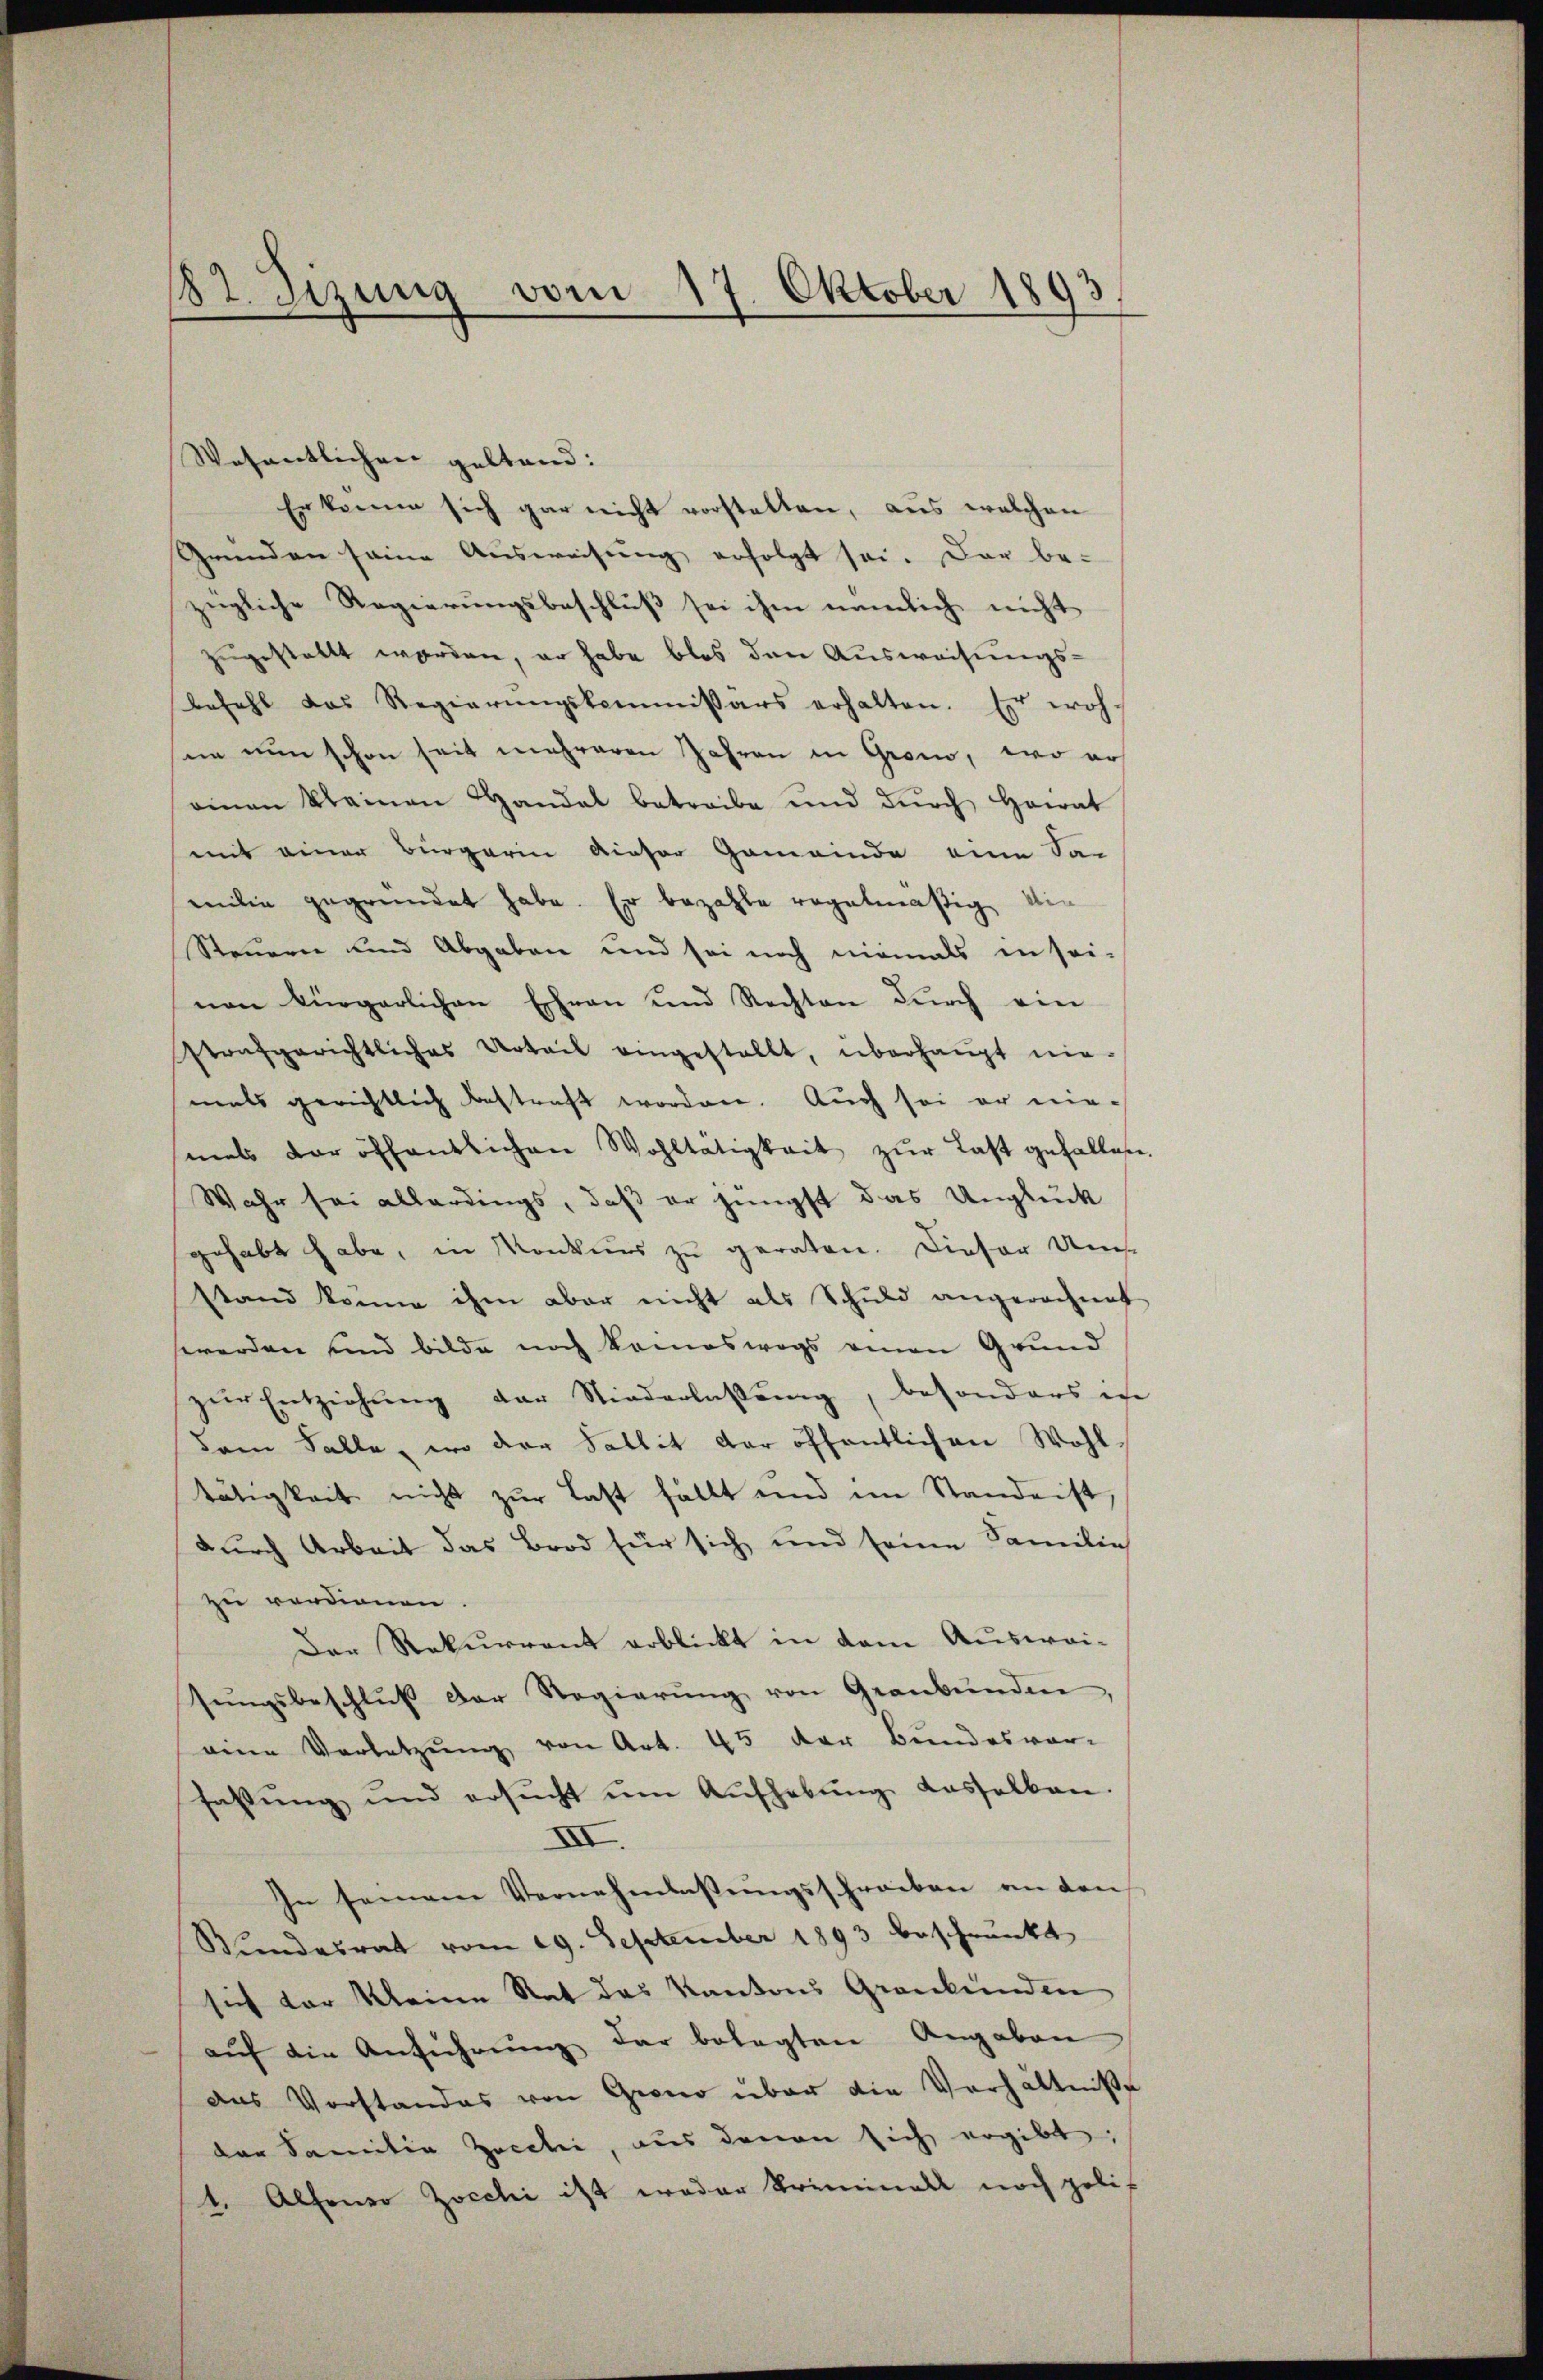
182. Sizung vom 17. Oktober 1893

Wesentlichen geltend:
Er könne sich gar nicht vorstalten, aus welchen
Gründen seine Ausweisung erfolgt sei. Dar be-
zügliche Regierungsbeschluß sei ihm nämlich nicht
zugestellt worden, er habe blos den Ausweisungsbefehl das Regierŭngskommissärs erhalten. Es woh-
sen nun schon seit mehreren Jahren in Grom, wo er
einen kleinen Handel betreibe und dŭrch Heirat
mit einer Bürgerin dieser Gemeinde eine Sa
milie gegründet habe. Er bezahle regelmäßig ein
Steuern und Abgaben und sei noch niemals in sei-
nen Bürgerlichen Ehren und Rechten dŭrch ein
strafgerichtliches Urteil eingestellt, überhaupt nie-
mals gerichtlich bestraft worden. Auch sei er niemals der öffentlichen Wohltätigkeit zŭr Last gefallen.
Wahr sei allerdings, daß er jüngst das Unglück
gehabt habe, in Konkurs zu geraten. Dieser Ums
stand könne ihm aber nicht als Schuld angerechnet
werden und bilde noch komoswegs einen Grund
zŭr Entziehung der Niederlastung, besonders in
dem Falle, wo der Sallit der öffentlichen Wohl-
tätigkeit nicht zur Last fällt und im Stande ist
durch Arbeit das Brod für sich und seine Familie
zu verdienen.
Der Rekurrent erblickt in dem Auswei-
sŭngsbeschlŭβ der Regierŭng von Graubünden,
eine Verletzŭng von Art. 45 der Bundesvor-
fassŭng und ersŭcht ŭm Aŭfhebŭng dasselben.
XIII.
In seinem Vernehmlassungsschreiben an den
Bundesrat vom 19. September 1893 beschränkt
sich vor Kleine Rat des Kantons Grankunden
aŭf die Anführung der belegten Angaben
das Vorstandes von Grono über die Verhältniße
der Familia Zocchi, aus denen sich ergibt,
1. Alfondo zocchi ist weder Kriminall noch gelis